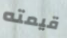
قيمته